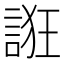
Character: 誑